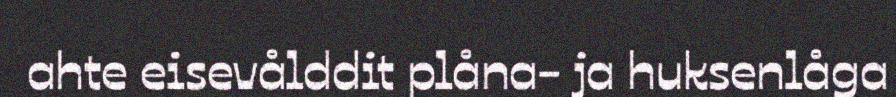
ahte eisevålddit plåna- ja huksenlåga